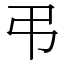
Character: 弔